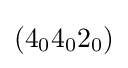
(4_{0}4_{0}2_{0})